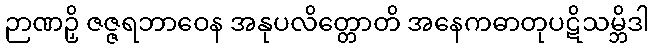
ဉာဏဉှိ ဇဇ္ဇရဘာဝေန အနုပလိတ္တောတိ အနေကဓာတုပဋိသမ္ဘိဒါ